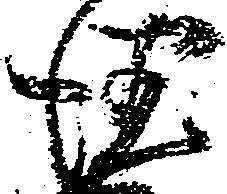
徳